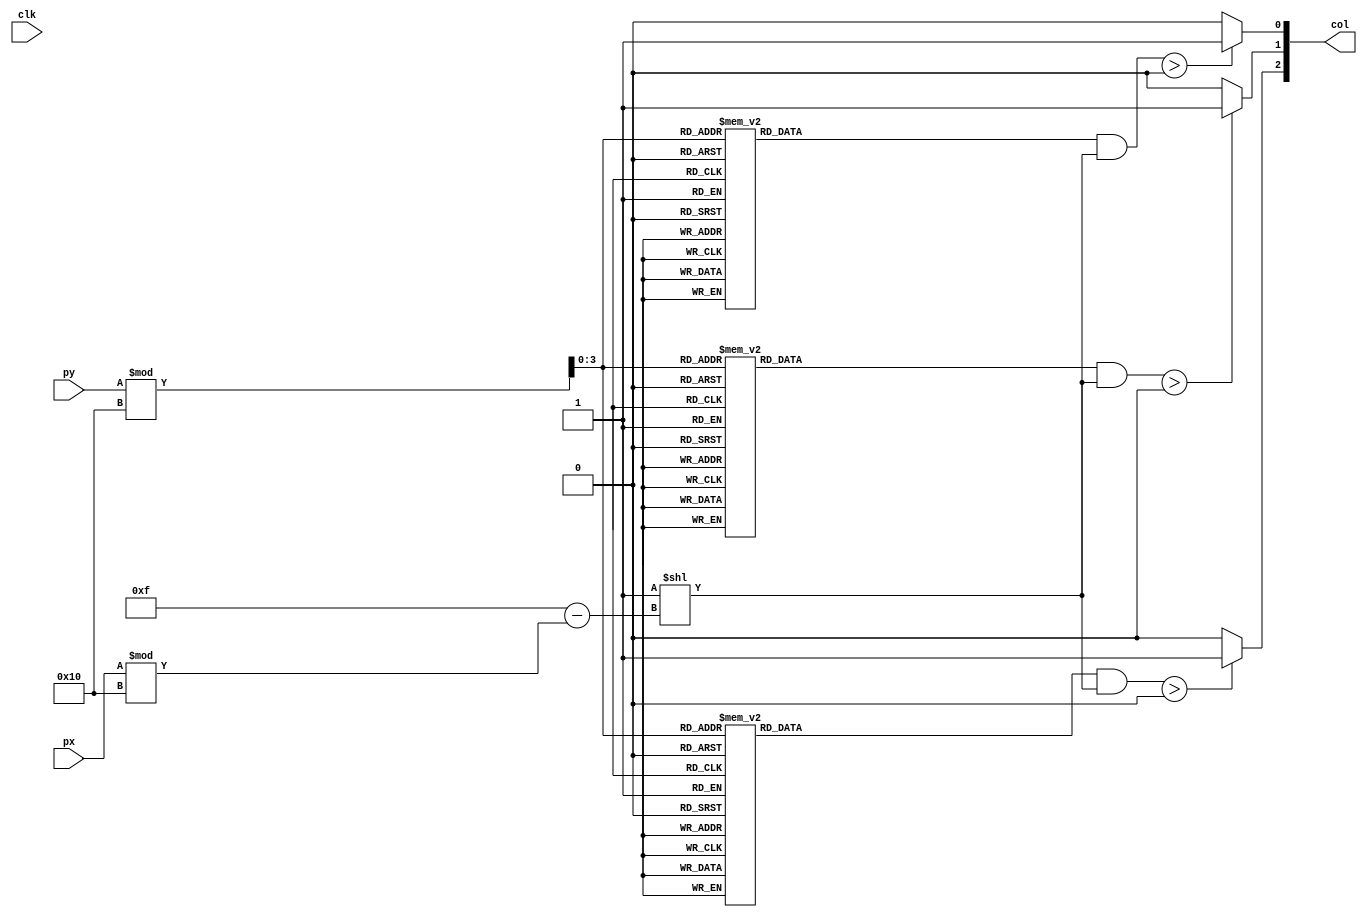
`timescale 1ns / 1ps
//////////////////////////////////////////////////////////////////////////////////
// Company: 
// Engineer: 
// 
// Design Name: 
// Module Name:    crackmask 
// Project Name: 
// Target Devices: 
// Tool versions: 
// Description: 
//
// Dependencies: 
//
// Revision: 
// Revision 0.01 - File Created
// Additional Comments: 
//
//////////////////////////////////////////////////////////////////////////////////
module crackmask(
input wire clk,
	input wire [9:0] px, py,
	output wire [2:0] col
);
	reg [0:15] green [0:15];
	reg [0:15] blue [0:15];
	reg [0:15] red [0:15];
	initial begin
      green[15] = 16'b0001111111111000;
      green[14] = 16'b0011111111111100;
      green[13] = 16'b0111111111111110;
      green[12] = 16'b0111111111111110;
      green[11] = 16'b0011111111111100;
      green[10] = 16'b0011111111111100;
      green[9] = 16'b0011011111101100;
      green[8] = 16'b0001011111101000;
      green[7] = 16'b0000001111000000;
      green[6] = 16'b0000001111000000;
      green[5] = 16'b0000001111000000;
      green[4] = 16'b0000000110000000;
      green[3] = 16'b0000000110000000;
      green[2] = 16'b0000000010000000;
      green[1] = 16'b0000000000000000;
      green[0] = 16'b0000000000000000;
		
		blue[15] = 16'b0000001111000000;
      blue[14] = 16'b0000001111000000;
      blue[13] = 16'b0000011111100000;
      blue[12] = 16'b0000011111100000;
      blue[11] = 16'b0000011111100000;
      blue[10] = 16'b0000001111000000;
      blue[9] = 16'b0000000110000000;
      blue[8] = 16'b0000000010000000;
      blue[7] = 16'b0000000000000000;
      blue[6] = 16'b0000000000000000;
      blue[5] = 16'b0000000000000000;
      blue[4] = 16'b0000000000000000;
      blue[3] = 16'b0000000000000000;
      blue[2] = 16'b0000000000000000;
      blue[1] = 16'b0000000000000000;
      blue[0] = 16'b0000000000000000;

      red[15] = 16'b1111110000111111;
      red[14] = 16'b1111110000111111;
      red[13] = 16'b1111100000011111;
      red[12] = 16'b1111100000011111;
      red[11] = 16'b1111100000011111;
      red[10] = 16'b1111110000111111;
      red[9] = 16'b1111111001111111;
      red[8] = 16'b1111111101111111;
      red[7] = 16'b1111111111111111;
      red[6] = 16'b1111111111111111;
      red[5] = 16'b1111111111111111;
      red[4] = 16'b1111111111111111;
      red[3] = 16'b1111111111111111;
      red[2] = 16'b1111111111111111;
      red[1] = 16'b1111111111111111;
      red[0] = 16'b1111111111111111;
	end
	assign col[2] = (green[py%16] & (1<<(15-px%16)))>0 ? 1 : 0;
	assign col[1] = (blue[py%16] & (1<<(15-px%16)))>0 ? 1 : 0;
	assign col[0] = (red[py%16] & (1<<(15-px%16)))>0 ? 1 : 0;
endmodule